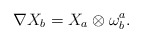
\begin{align*}\nabla X_b = X_a \otimes \omega^a_b. \end{align*}